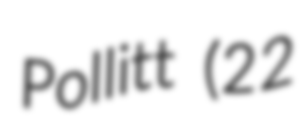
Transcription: Pollitt (22